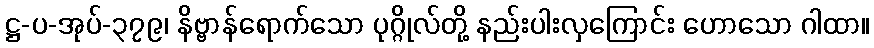
ဋ္ဌ-ပ-အုပ်-၃၇၉၊ နိဗ္ဗာန်ရောက်သော ပုဂ္ဂိုလ်တို့ နည်းပါးလှကြောင်း ဟောသော ဂါထာ။